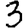
Digit: 3